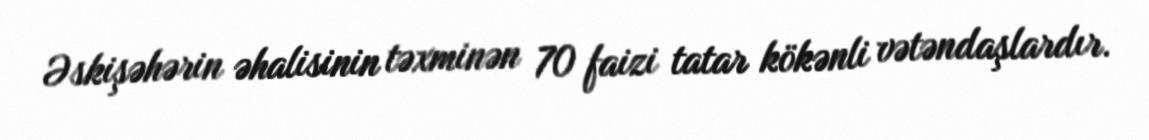
Əskişəhərin əhalisinin təxminən 70 faizi tatar kökənli vətəndaşlardır.